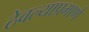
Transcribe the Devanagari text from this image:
ठेवल्याप्रमाणे